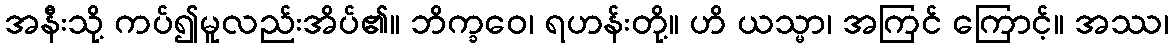
အနီးသို့ ကပ်၍မူလည်းအိပ်၏။ ဘိက္ခဝေ၊ ရဟန်းတို့။ ဟိ ယသ္မာ၊ အကြင် ကြောင့်။ အဿ၊